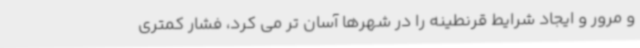
و مرور و ایجاد شرایط قرنطینه را در شهرها آسان تر می کرد، فشار کمتری